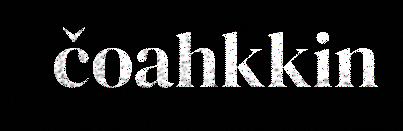
čoahkkin